Report on sanitation, dispensaries, and jails in Rajputana for 1918, and on vaccination for the year 1918-1919 - 1918-1919
Year: 1918
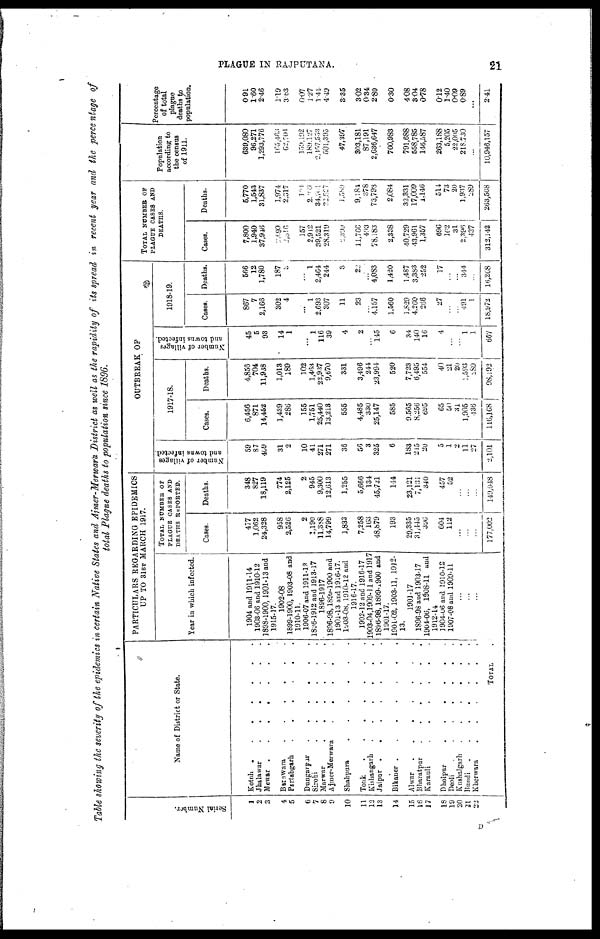
PLAGUE IN RAJPUTANA.
21
Table showing the severity of the epidemics in certain Native States and Ajmer-Merwara District as well as the rapidity of its spread in recent year and the percentage of
total Plague deaths to population since 1896.
Serial Number.
1
2
3
4
5
6
7
8
9
10
11
12
13
14
15
16
17
18
19
20
21
22
Name of District or State.
Kotah
.......
Jhalawar
......
Mewar
.......
Banswara
......
Partabgarh
......
Dungarpur
......
Sirohi
Marwar
......
Ajmer-Merwara
.....
Shahpura
......
Tonk
......
Kishangarh
......
Jaipur
.......
Bikaner
.......
Alwar
.......
Bharatpur
......
Karauli
......
Dholpur
......
Deoli
.......
Kushalgarh
......
Bundi
.......
Kherwara
......
TOTAL .
PARTICULARS REGARDING EPIDEMICS
UP TO 31ST MARCH 1917.
Year in which infected.
1904 and 1911-14
1903-06 and 1910-12
1898-1900, 1901-13 and
1915-17.
1902-08
1899-1900, 1903-08 and
1910-11.
1906-07 and 1911-12
1896-1912 and 1913-17
1896-1917
1896-98,1899-1900 and
1901-13 and 1916-17.
1903-08, 1910-12 and
1916-17.
1902-12 and 1916-17
1903-04,1909-11 and 1917
1896-98,1899-1900 and
1901-17.
1901-02, 1903-11, 1912-
13.
1901-17
1896-98 and 1903-17
1904-06, 1908-11 and
1912-14
1904-06 and 1910-12
1907-08 and 1909-11
...
...
...
TOTAL NUMBER OF
PLAGUE CASES AND
DEATHS REPORTED.
Cases.
477
1,062
24,328
958
2,526
2
1,190
11,388
14,799
1,833
7,258
163
48,879
193
29,335
31,445
396
604
112
...
...
...
177,002
Deaths.
348
827
18,119
774
2,125
2
945
9,300
12,613
1,255
5,666
134
45,731
114
23,121
7,131
340
457
52
...
...
...
149,048
OUTBREAK OF
Number of villages
and towns infected.
59
87
409
31
2
10
41
271
271
36
56
3
325
6
183
245
20
5
1
2
11
27
2,101
1917-18.
Cases.
6,456
871
14,452
1,439
286
155
1,751
25,440
13,213
555
4,485
330
25,147
585
9,565
8,256
695
65
50
31
1,905
436
116,168
Deaths.
4,856
704
11,938
1,013
189
102
1,463
22,937
9,670
331
3,496
244
23,994
520
7,723
6,495
554
40
21
20
1,593
289
98,192
Number of villages
and towns infected.
45
5
93
14
1
...
1
116
39
4
2
...
145
6
34
140
16
4
...
...
1
1
667
1918-19.
Cases.
867
7
2,166
302
4
...
1
2,693
307
11
23
...
4,157
1,560
1,829
4,260
266
27
...
...
491
1
18,972
Deaths.
566
12
1,780
187
3
...
1
2,464
244
3
22
...
4,083
1,420
1,487
3,383
252
17
...
...
344
...
16,268
TOTAL NUMBER OF
PLAGUE CASES AND
DEATHS.
Cases.
7,800
1,940
37,946
2,699
2,816
157
2,912
39,521
28.319
2,399
11,766
493
78,183
2,338
40,729
43,961
1,357
696
162
31
2,396
437
312,142
Deaths.
5,770
1,543
31,837
1,974
2,317
104
2,109
34,701
22,527
1,589
9,184
378
73,798
2,084
32,331
17,009
1,146
514
73
20
1,937
289
263,508
Population
according to
the census
of 1911.
639,080
96,271
1,293,776
165,463
62,704
159.192
189,127
2, 457,553
501,395
47,397
303,181
87,191
2,636,647
700,983
791,688
558,785
146,587
263,188
5,205
22,005
218,730
...
10,946,157
Percentage
of total
plague
deaths to
population.
0.91
1.60
2.46
1.19
3.63
0.07
1.27
1.44
4.49
3.35
3.02
0.34
2.80
0.30
4.08
3.04
0.78
0.12
1.40
0.09
0.89
...
2.41
D